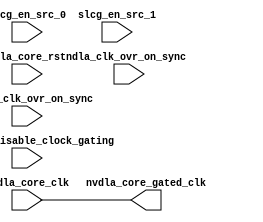
// ================================================================
// NVDLA Open Source Project
// 
// Copyright(c) 2016 - 2017 NVIDIA Corporation.  Licensed under the
// NVDLA Open Hardware License; Check "LICENSE" which comes with 
// this distribution for more information.
// ================================================================


module NV_NVDLA_CACC_slcg (
   dla_clk_ovr_on_sync
  ,global_clk_ovr_on_sync
  ,nvdla_core_clk
  ,nvdla_core_rstn
  ,slcg_en_src_0
  ,slcg_en_src_1
  ,tmc2slcg_disable_clock_gating
  ,nvdla_core_gated_clk
  );

input   dla_clk_ovr_on_sync;
input   global_clk_ovr_on_sync;
input   nvdla_core_clk;
input   nvdla_core_rstn;
input   slcg_en_src_0;
input   slcg_en_src_1;
input   tmc2slcg_disable_clock_gating;
output  nvdla_core_gated_clk;
wire    enable;

//assign nvdla_core_gated_clk = 1'b0;
assign nvdla_core_gated_clk = nvdla_core_clk;
//assign nvdla_core_gated_clk = (slcg_en_src_0 & slcg_en_src_1) ? nvdla_core_clk : 1'b0;

endmodule // NV_NVDLA_CACC_slcg